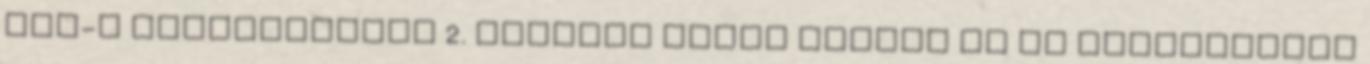
ATV-s szereplésére 2. Ijesztő dolog derült ki az aszpirinről